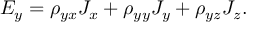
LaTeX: E _ { y } = \rho _ { y x } J _ { x } + \rho _ { y y } J _ { y } + \rho _ { y z } J _ { z } .